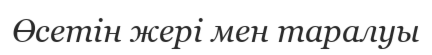
Өсетін жері мен таралуы